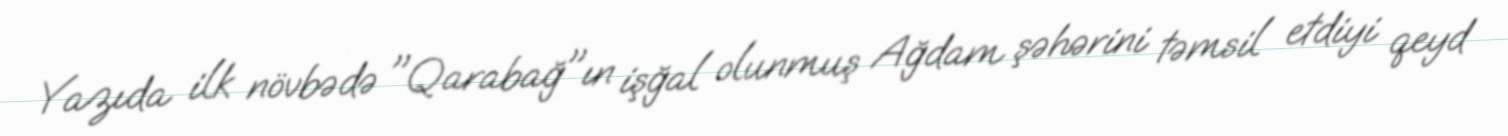
Yazıda ilk növbədə "Qarabağ"ın işğal olunmuş Ağdam şəhərini təmsil etdiyi qeyd